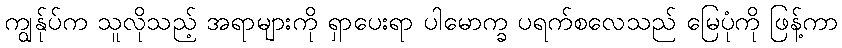
ကျွန်ုပ်က သူလိုသည့် အရာများကို ရှာပေးရာ ပါမောက္ခ ပရက်စလေသည် မြေပုံကို ဖြန့်ကာ